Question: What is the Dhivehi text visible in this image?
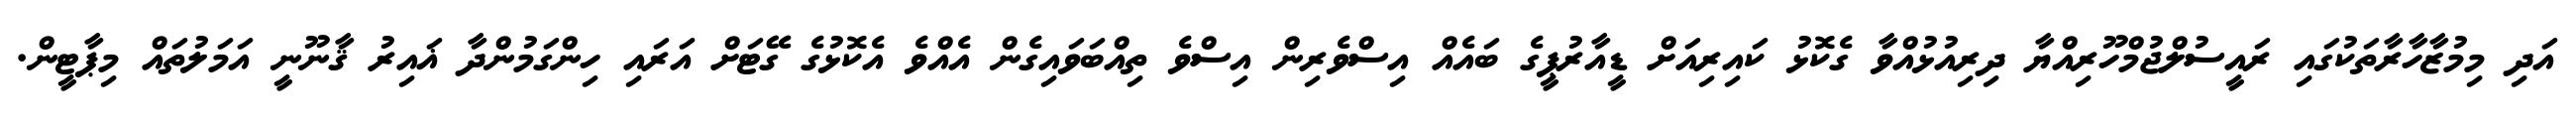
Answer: އަދި މިމުޒާހާރާތަކުގައި ރައީސުލްޖުމްހޫރިއްޔާ ދިރިއުޅުއްވާ ގެކޮޅު ކައިރިއަށް ޑީއާރުޕީގެ ބައެއް އިސްވެރިން އިސްވެ ތިއްބަވައިގެން އެއްވެ އެކޮޅުގެ ގޭޓަށް އަރައި ހިންގަމުންދާ ޣައިރު ޤާނޫނީ އަމަލުތައް މިޕާޓީން.